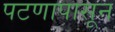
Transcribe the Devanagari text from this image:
पटणापासून